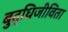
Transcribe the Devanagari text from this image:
बुद्धिजीविता